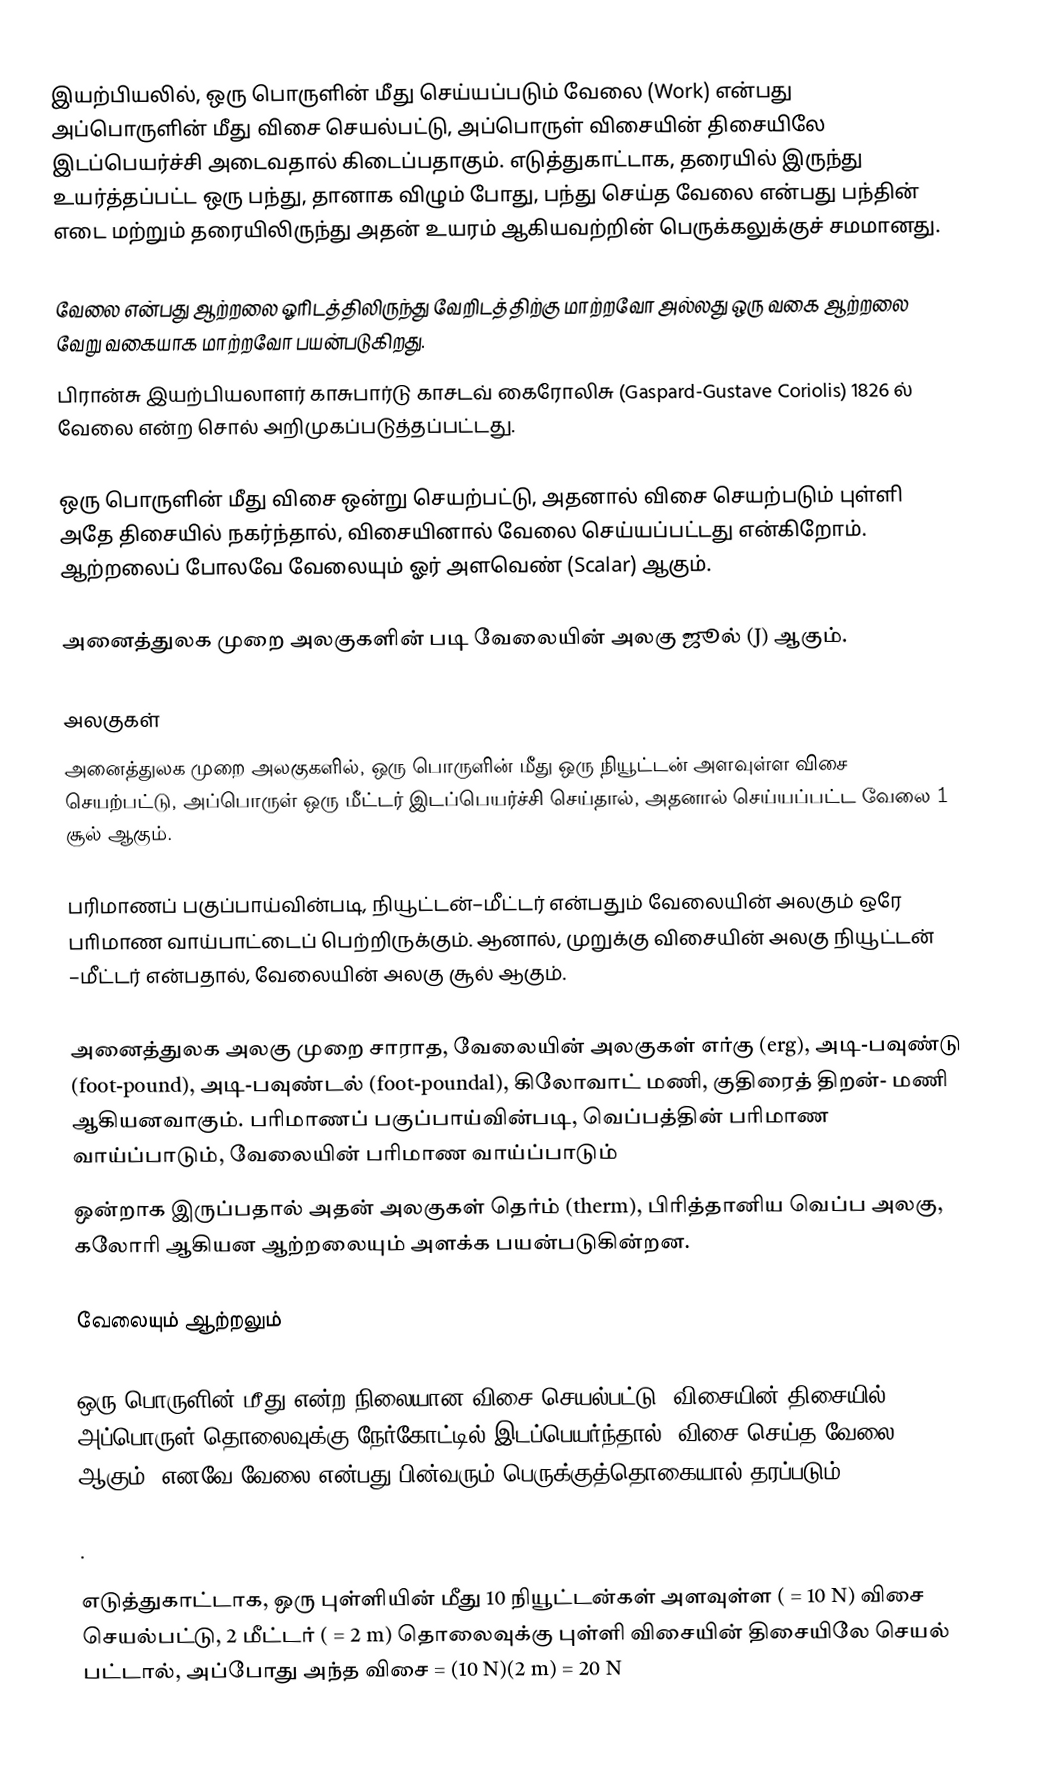
இயற்பியலில், ஒரு பொருளின் மீது செய்யப்படும் வேலை (Work) என்பது அப்பொருளின் மீது விசை செயல்பட்டு, அப்பொருள் விசையின் திசையிலே இடப்பெயர்ச்சி  அடைவதால் கிடைப்பதாகும். எடுத்துகாட்டாக, தரையில் இருந்து  உயர்த்தப்பட்ட ஒரு பந்து,  தானாக விழும் போது, பந்து செய்த வேலை என்பது பந்தின் எடை மற்றும் தரையிலிருந்து அதன் உயரம் ஆகியவற்றின் பெருக்கலுக்குச் சமமானது.

வேலை என்பது ஆற்றலை ஓரிடத்திலிருந்து வேறிடத்திற்கு மாற்றவோ அல்லது ஒரு வகை ஆற்றலை வேறு வகையாக மாற்றவோ பயன்படுகிறது.
பிரான்சு இயற்பியலாளர் காசுபார்டு காசடவ் கைரோலிசு (Gaspard-Gustave Coriolis) 1826 ல் வேலை என்ற சொல் அறிமுகப்படுத்தப்பட்டது.

ஒரு பொருளின் மீது விசை ஒன்று செயற்பட்டு, அதனால் விசை செயற்படும் புள்ளி அதே திசையில் நகர்ந்தால், விசையினால் வேலை செய்யப்பட்டது என்கிறோம். ஆற்றலைப் போலவே வேலையும் ஓர் அளவெண் (Scalar) ஆகும்.

அனைத்துலக முறை அலகுகளின் படி வேலையின் அலகு ஜூல் (J) ஆகும்.

அலகுகள்
அனைத்துலக முறை அலகுகளில், ஒரு பொருளின் மீது ஒரு நியூட்டன் அளவுள்ள விசை செயற்பட்டு, அப்பொருள் ஒரு மீட்டர் இடப்பெயர்ச்சி செய்தால், அதனால் செய்யப்பட்ட வேலை 1 சூல் ஆகும்.

பரிமாணப் பகுப்பாய்வின்படி, நியூட்டன்–மீட்டர் என்பதும்  வேலையின் அலகும் ஒரே பாிமாண வாய்பாட்டைப் பெற்றிருக்கும்.  ஆனால், முறுக்கு விசையின் அலகு நியூட்டன் –மீட்டர் என்பதால், வேலையின் அலகு சூல் ஆகும்.

அனைத்துலக அலகு முறை சாராத, வேலையின் அலகுகள்  எர்கு (erg), அடி-பவுண்டு (foot-pound), அடி-பவுண்டல் (foot-poundal), கிலோவாட் மணி,  குதிரைத் திறன்- மணி ஆகியனவாகும்.  பரிமாணப் பகுப்பாய்வின்படி, வெப்பத்தின் பரிமாண வாய்ப்பாடும், வேலையின் பரிமாண வாய்ப்பாடும்
ஒன்றாக இருப்பதால் அதன் அலகுகள் தெர்ம் (therm), பிரித்தானிய வெப்ப அலகு, கலோரி ஆகியன ஆற்றலையும் அளக்க பயன்படுகின்றன.

வேலையும் ஆற்றலும்

ஒரு பொருளின் மீது   என்ற நிலையான விசை செயல்பட்டு, விசையின் திசையில் அப்பொருள்  தொலைவுக்கு நேர்கோட்டில் இடப்பெயர்ந்தால், விசை செய்த வேலை,  ஆகும். எனவே வேலை என்பது பின்வரும் பெருக்குத்தொகையால் தரப்படும்.

.

எடுத்துகாட்டாக, ஒரு புள்ளியின் மீது 10 நியூட்டன்கள் அளவுள்ள  ( = 10 N) விசை செயல்பட்டு, 2 மீட்டர் ( = 2 m) தொலைவுக்கு புள்ளி விசையின் திசையிலே செயல் பட்டால், அப்போது அந்த விசை  = (10 N)(2 m) = 20 N